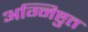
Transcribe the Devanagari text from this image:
अग्निष्टुत